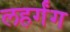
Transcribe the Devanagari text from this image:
लहर्गंग